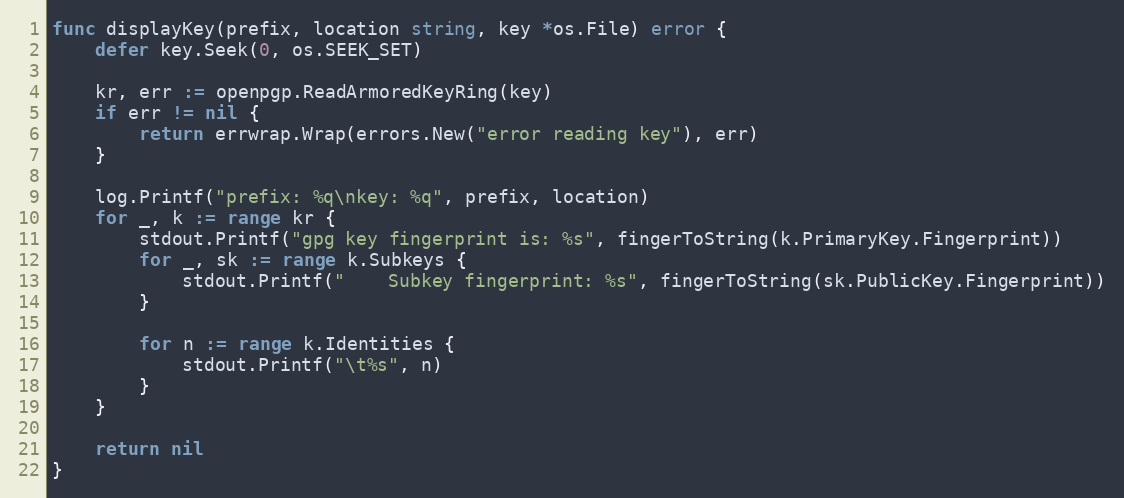
Language: Go
func displayKey(prefix, location string, key *os.File) error {
	defer key.Seek(0, os.SEEK_SET)

	kr, err := openpgp.ReadArmoredKeyRing(key)
	if err != nil {
		return errwrap.Wrap(errors.New("error reading key"), err)
	}

	log.Printf("prefix: %q\nkey: %q", prefix, location)
	for _, k := range kr {
		stdout.Printf("gpg key fingerprint is: %s", fingerToString(k.PrimaryKey.Fingerprint))
		for _, sk := range k.Subkeys {
			stdout.Printf("    Subkey fingerprint: %s", fingerToString(sk.PublicKey.Fingerprint))
		}

		for n := range k.Identities {
			stdout.Printf("\t%s", n)
		}
	}

	return nil
}